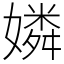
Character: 嫾